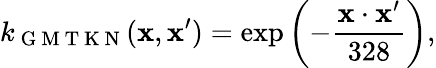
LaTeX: k_{\mathrm{~G~M~T~K~N~}}(\mathbf{x},\mathbf{x}^{\prime})=\exp\left(-\frac{\mathbf{x}\cdot\mathbf{x}^{\prime}}{328}\right),